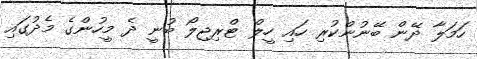
ހަމަލާ ދޭން ބޭނުންކުރި ހައި ހީލް ޓްރިޖިލޯ ބުނީ ދެ މީހުންގެ މެދުގައި